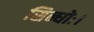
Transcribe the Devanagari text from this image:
सिन्धोः।